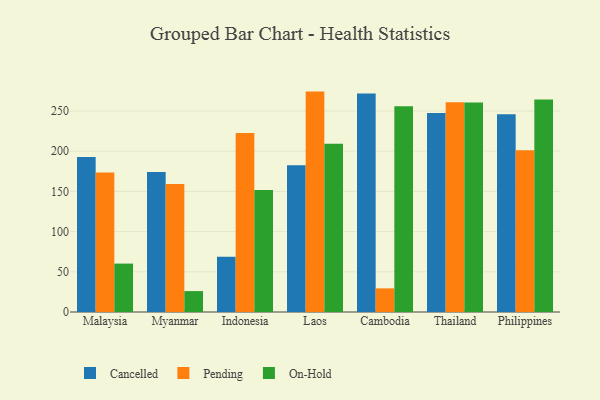
{"axis": {"x": "Country", "y": "Active Users"}, "legend": ["Cancelled", "On-Hold", "Pending"], "data": [{"x": "Malaysia", "y": 192.7, "type": "Cancelled"}, {"x": "Malaysia", "y": 173.5, "type": "Pending"}, {"x": "Malaysia", "y": 60.2, "type": "On-Hold"}, {"x": "Myanmar", "y": 174.0, "type": "Cancelled"}, {"x": "Myanmar", "y": 159.2, "type": "Pending"}, {"x": "Myanmar", "y": 26.0, "type": "On-Hold"}, {"x": "Indonesia", "y": 68.7, "type": "Cancelled"}, {"x": "Indonesia", "y": 222.7, "type": "Pending"}, {"x": "Indonesia", "y": 151.6, "type": "On-Hold"}, {"x": "Laos", "y": 182.5, "type": "Cancelled"}, {"x": "Laos", "y": 274.1, "type": "Pending"}, {"x": "Laos", "y": 209.2, "type": "On-Hold"}, {"x": "Cambodia", "y": 271.8, "type": "Cancelled"}, {"x": "Cambodia", "y": 29.4, "type": "Pending"}, {"x": "Cambodia", "y": 256.0, "type": "On-Hold"}, {"x": "Thailand", "y": 247.4, "type": "Cancelled"}, {"x": "Thailand", "y": 260.8, "type": "Pending"}, {"x": "Thailand", "y": 260.4, "type": "On-Hold"}, {"x": "Philippines", "y": 246.0, "type": "Cancelled"}, {"x": "Philippines", "y": 201.3, "type": "Pending"}, {"x": "Philippines", "y": 264.3, "type": "On-Hold"}]}